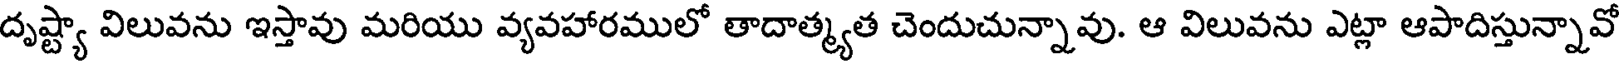
దృష్ట్యా విలువను ఇస్తావు మరియు వ్యవహారములో తాదాత్మ్యత చెందుచున్నావు. ఆ విలువను ఎట్లా ఆపాదిస్తున్నావో